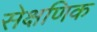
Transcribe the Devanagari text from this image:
सेक्षणिक